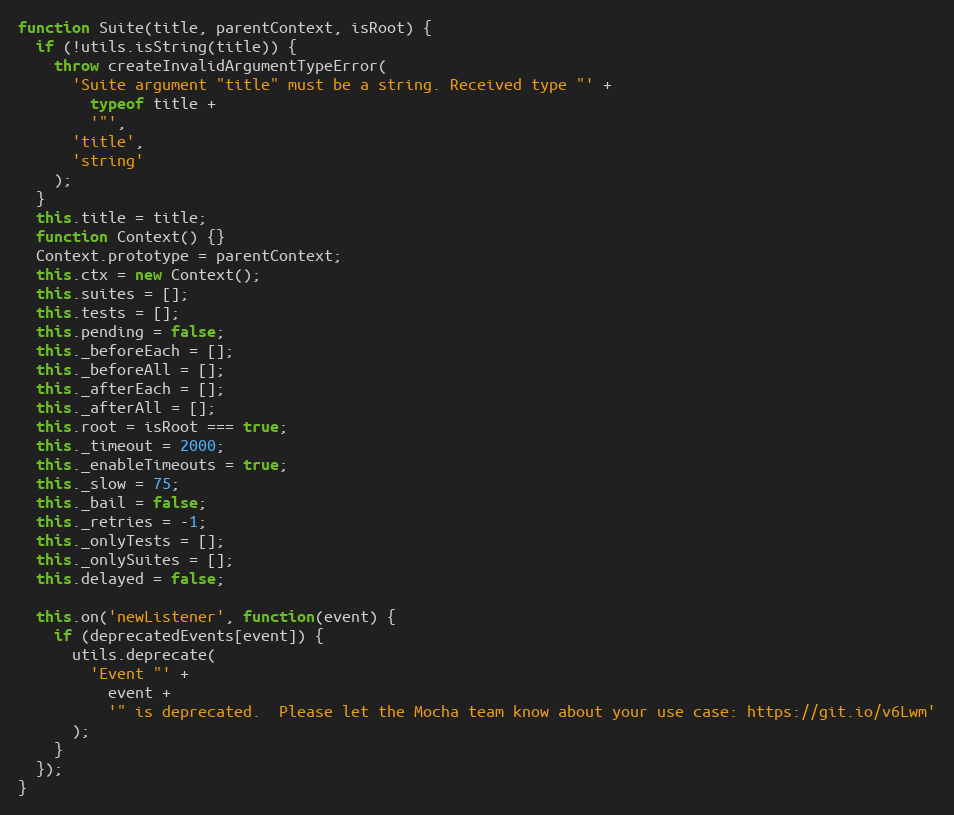
Language: JavaScript
function Suite(title, parentContext, isRoot) {
  if (!utils.isString(title)) {
    throw createInvalidArgumentTypeError(
      'Suite argument "title" must be a string. Received type "' +
        typeof title +
        '"',
      'title',
      'string'
    );
  }
  this.title = title;
  function Context() {}
  Context.prototype = parentContext;
  this.ctx = new Context();
  this.suites = [];
  this.tests = [];
  this.pending = false;
  this._beforeEach = [];
  this._beforeAll = [];
  this._afterEach = [];
  this._afterAll = [];
  this.root = isRoot === true;
  this._timeout = 2000;
  this._enableTimeouts = true;
  this._slow = 75;
  this._bail = false;
  this._retries = -1;
  this._onlyTests = [];
  this._onlySuites = [];
  this.delayed = false;

  this.on('newListener', function(event) {
    if (deprecatedEvents[event]) {
      utils.deprecate(
        'Event "' +
          event +
          '" is deprecated.  Please let the Mocha team know about your use case: https://git.io/v6Lwm'
      );
    }
  });
}